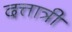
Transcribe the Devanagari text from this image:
दत्तात्री